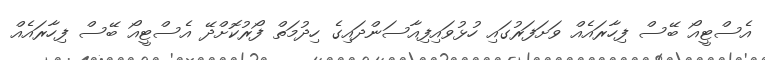
އެސްޓީއޯ ބޭސް ފިހާރައެއް ވަށަފަރުގައި ހުޅުވައިފިއާސަންދައިގެ ހިދުމަތް ފޯރުކޮށްދޭ އެސްޓީއޯ ބޭސް ފިހާރައެއް